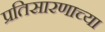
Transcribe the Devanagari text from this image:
प्रतिसारणाच्या